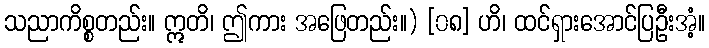
သညာကိစ္စတည်း။ ဣတိ၊ ဤကား အဖြေတည်း။) [၀၈] ဟိ၊ ထင်ရှားအောင်ပြဦးအံ့။